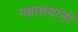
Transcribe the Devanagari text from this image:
महाशयांनी